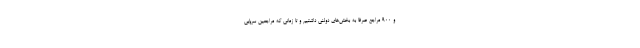
و ۹۰۰ مراجع صرفا به بخش‌های دولنی داشتیم و تا زمانی که مراجعین سرپایی